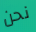
نحن